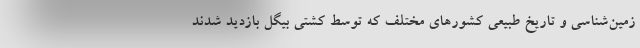
زمین‌شناسی و تاریخ طبیعی کشورهای مختلف که توسط کشتی بیگل بازدید شدند